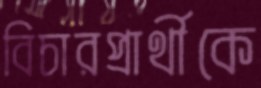
বিচারপ্রার্থীকে